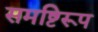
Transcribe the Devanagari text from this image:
समष्टिरूप